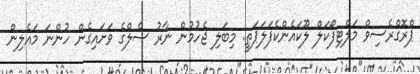
ޕްރޮގްރެސިވް މަލްޓިފޯކަލް ލޫކައެންކެފަލަޕަތީ: މިބަލި ޖެހުމުން ނާރު ސެލްގެ ވަށައިގެން ހުންނަ މައެލިން